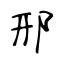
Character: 邢